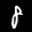
Label: 8